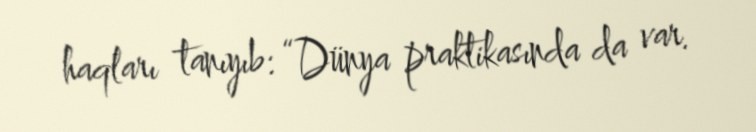
haqları tanıyıb: “Dünya praktikasında da var.